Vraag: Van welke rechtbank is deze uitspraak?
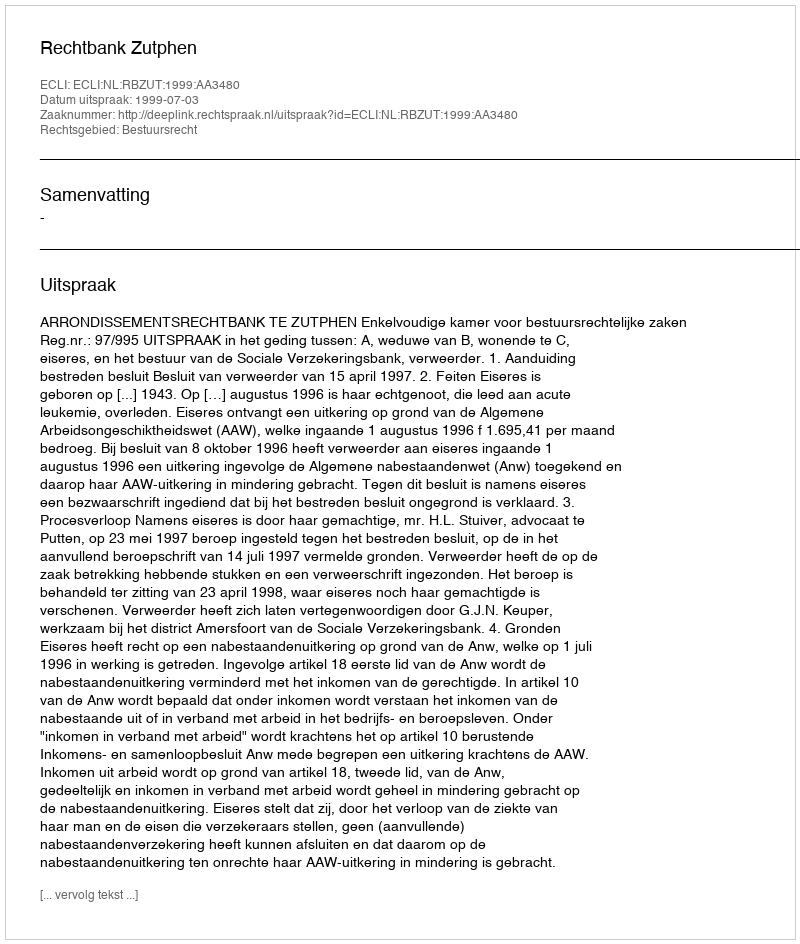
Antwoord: Rechtbank Zutphen